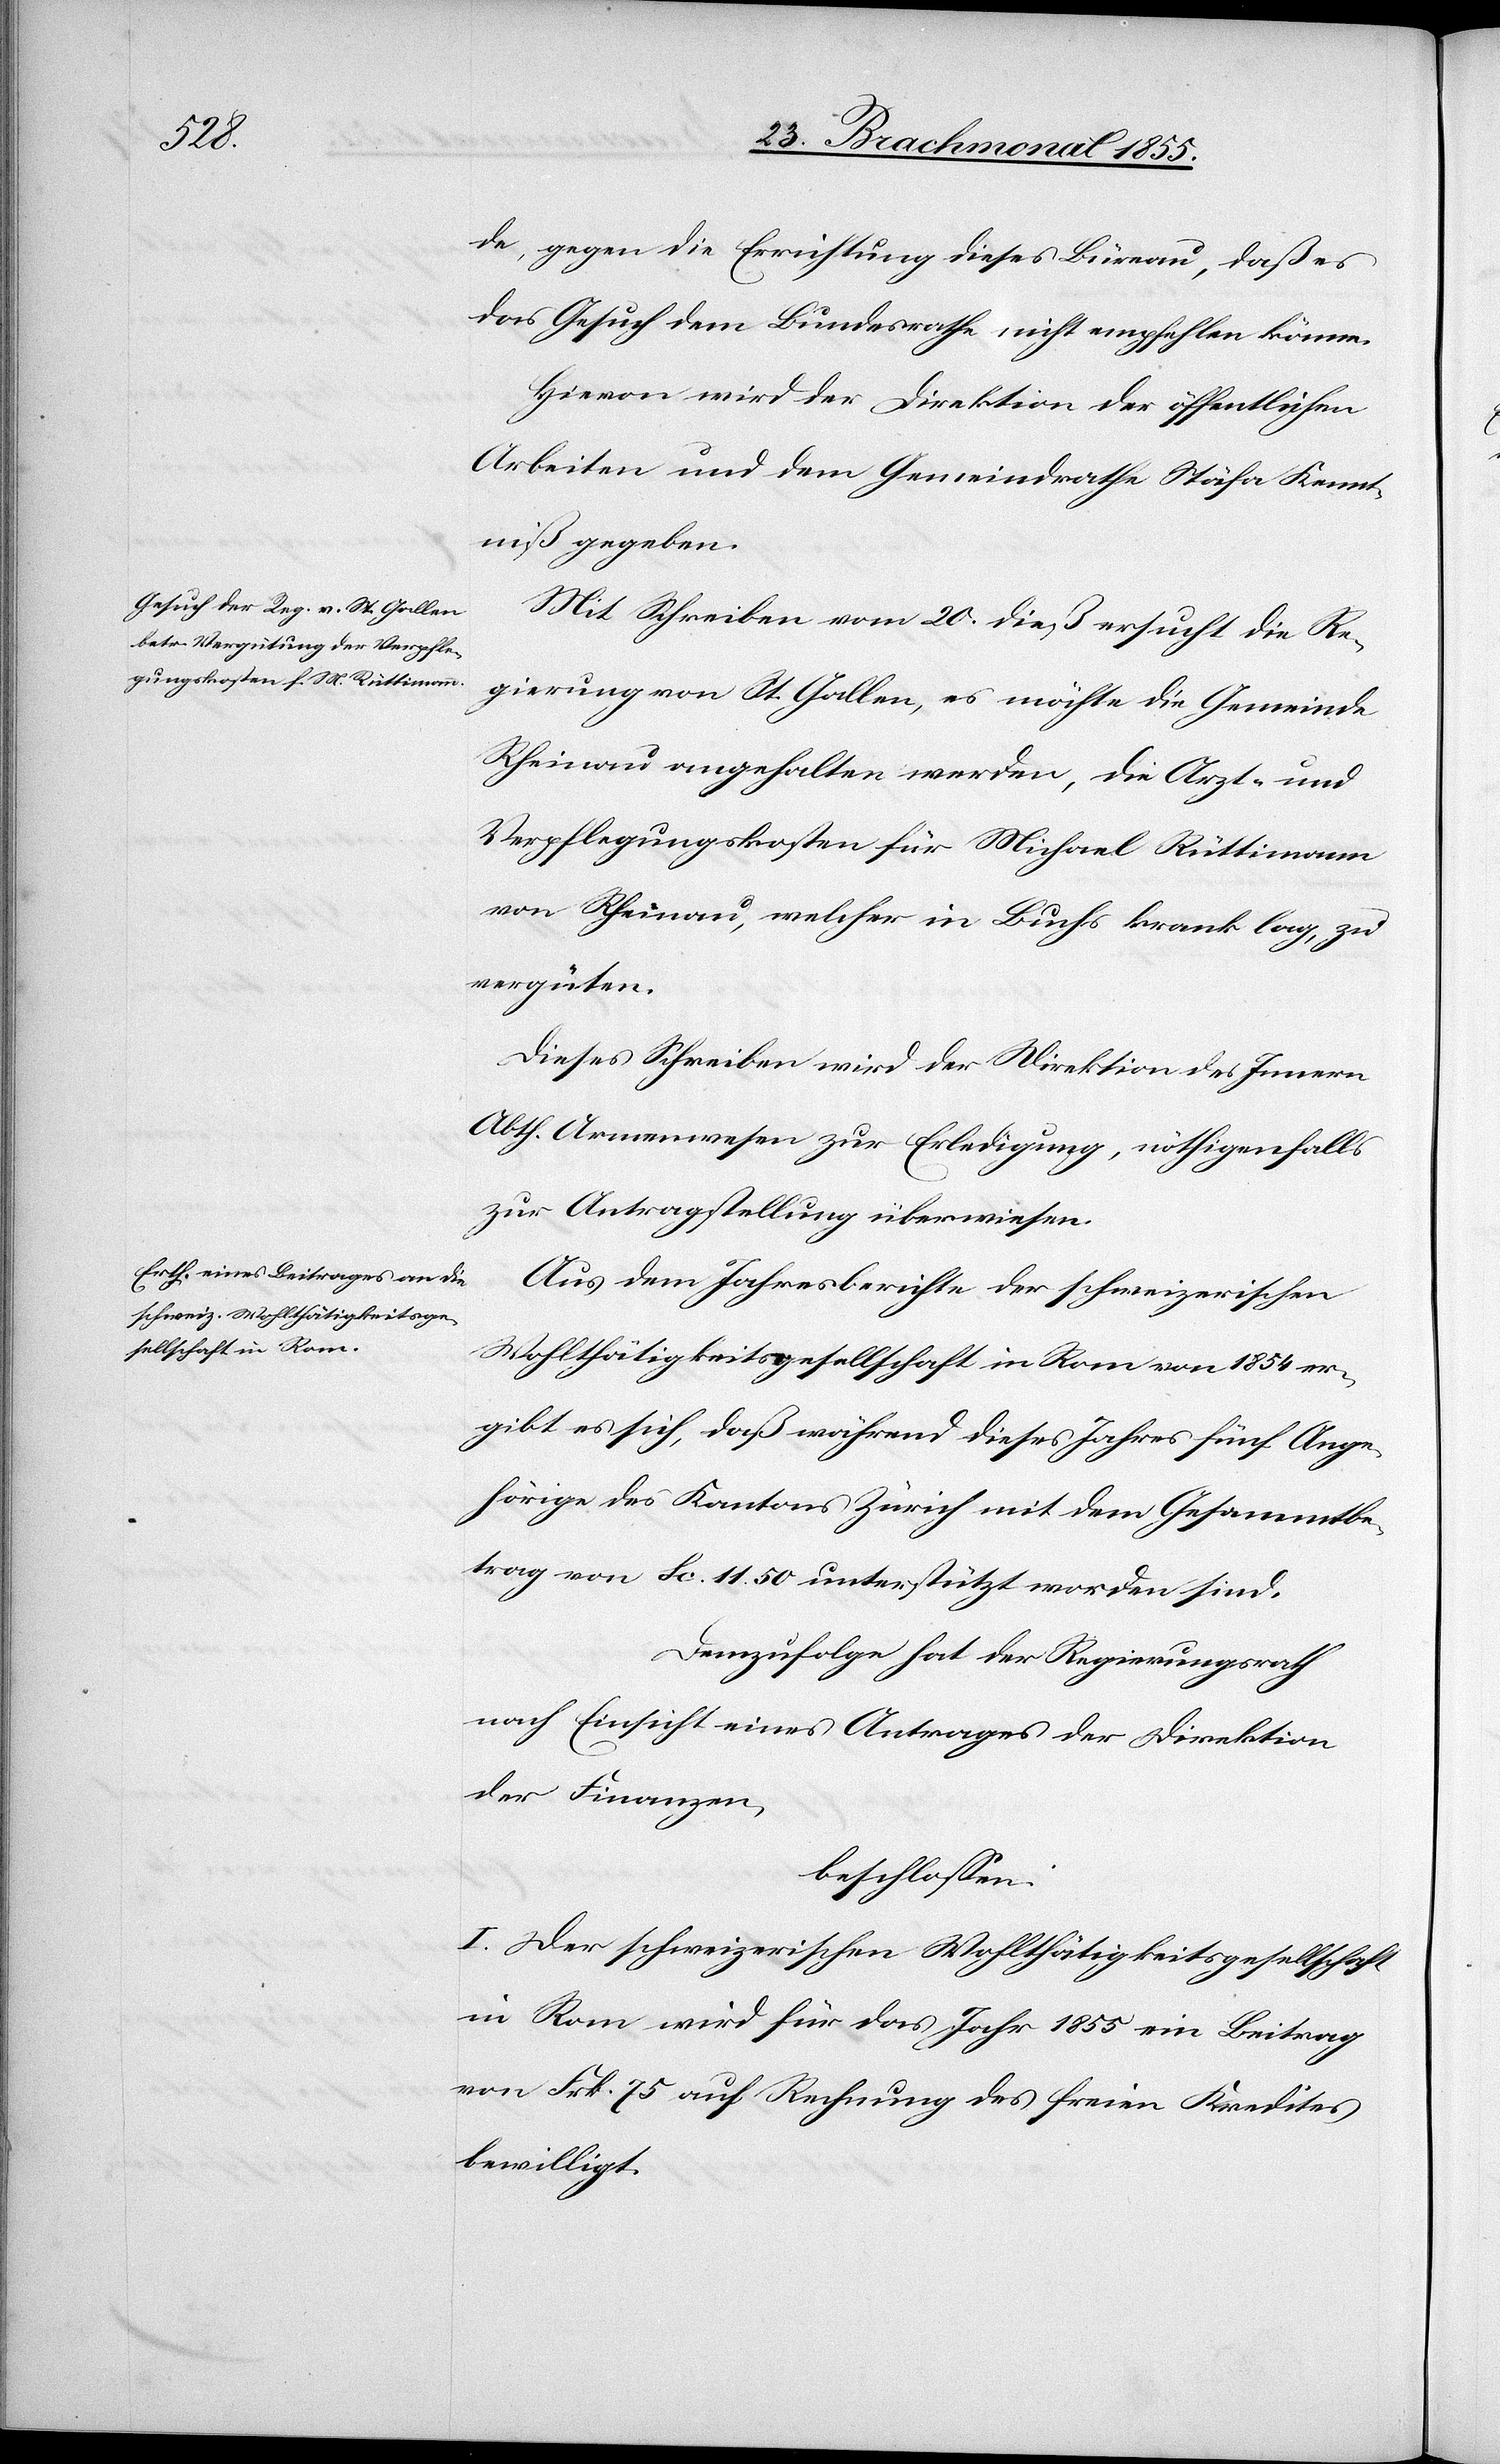
de, gegen die Errichtung dieses Büreau, daß es
das Gesuch dem Bundesrathe nicht empfehlen könne.
Hievon wird der Direktion der öffentlichen
Arbeiten und dem Gemeindrathe Stäfa Kennt¬
niß gegeben.
Mit Schreiben vom 20. dieß ersucht die Re¬
gierung von St. Gallen, es möchte die Gemeinde
Rheinau angehalten werden, die Arzt- und
Verpflegungskosten für Michael Rüttimann
von Rheinau, welcher in Buchs krank lag, zu
vergüten.
Dieses Schreiben wird der Direktion des Innern
Abth. Armenwesen zur Erledigung, nöthigenfalls
zur Antragstellung überwiesen.
Aus dem Jahresberichte der schweizerischen
Wohlthätigkeitsgesellschaft in Rom von 1854 er¬
gibt es sich, daß während dieses Jahres fünf Ange¬
hörige des Kantons Zürich mit dem Gesammtbe¬
trag von Sc. 11. 50 unterstützt worden sind.
Demzufolge hat der Regierungsrath
nach Einsicht eines Antrages der Direktion
der Finanzen,
beschlossen:
I. Der schweizerischen Wohlthätigkeitsgesellschaft
in Rom wird für das Jahr 1855 ein Beitrag
von Frk. 75 auf Rechnung des freien Kredites
bewilligt.